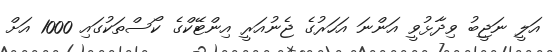
އަލީ ނަޖީބު ވިދާޅުވީ އަންނަ އަހަރުގެ ޖެނުއަރީ އިންޓޭކްގެ ކޯސްތަކުގައި 1000 އަށް